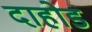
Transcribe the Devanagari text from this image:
दाहोड